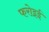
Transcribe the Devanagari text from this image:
फरोइई